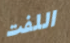
اللفت